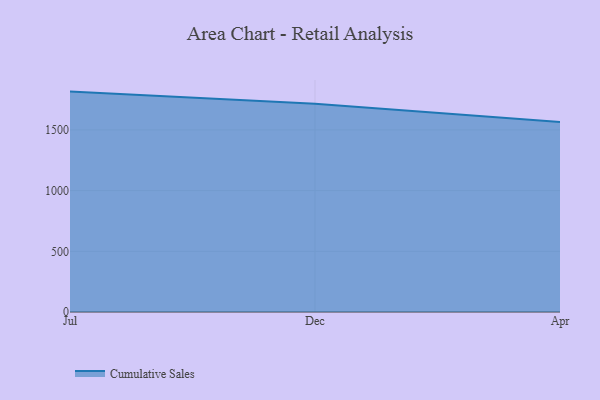
{"axis": {"x": "Month", "y": "Customer Acquisition Cost (USD)"}, "legend": ["Cumulative Sales"], "data": [{"x": "Jul", "y": 1815.5, "type": "Cumulative Sales"}, {"x": "Dec", "y": 1715.6, "type": "Cumulative Sales"}, {"x": "Apr", "y": 1564.7, "type": "Cumulative Sales"}]}